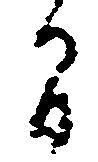
間